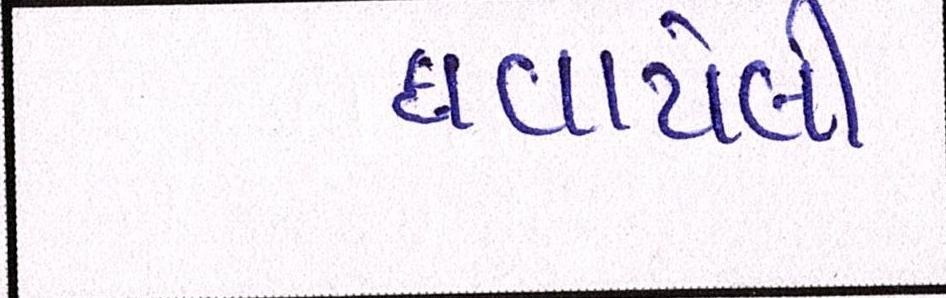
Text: ઘવાયેલી